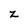
Character: z